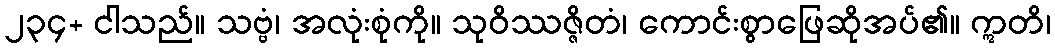
၂၃၄+ ငါသည်။ သဗ္ဗံ၊ အလုံးစုံကို။ သုဝိဿဇ္ဇိတံ၊ ကောင်းစွာဖြေဆိုအပ်၏။ ဣတိ၊